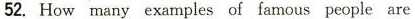
52.How many examples of famous people are